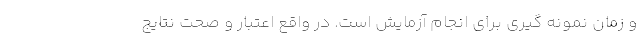
و زمان نمونه گیری برای انجام آزمایش است. در واقع اعتبار و صحت نتایج